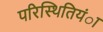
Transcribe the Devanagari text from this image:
परिस्थितियंा